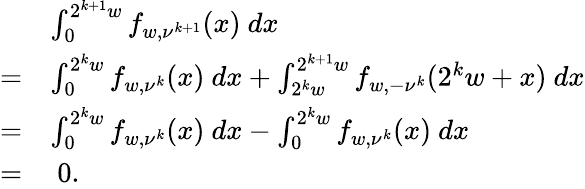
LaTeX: \begin{array}{rl}&{\int_{0}^{2^{k+1}w}f_{w,\nu^{k+1}}(x)\ dx}\\ {=}&{\int_{0}^{2^{k}w}f_{w,\nu^{k}}(x)\ dx+\int_{2^{k}w}^{2^{k+1}w}f_{w,-\nu^{k}}(2^{k}w+x)\ dx}\\ {=}&{\int_{0}^{2^{k}w}f_{w,\nu^{k}}(x)\ dx-\int_{0}^{2^{k}w}f_{w,\nu^{k}}(x)\ dx}\\ {=}&{\ 0.}\end{array}